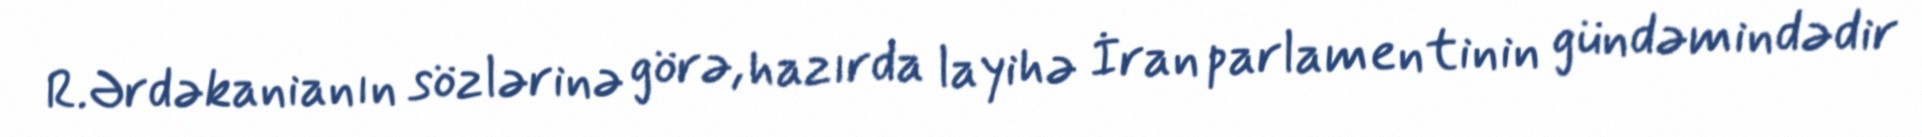
R.Ərdəkanianın sözlərinə görə, hazırda layihə İran parlamentinin gündəmindədir